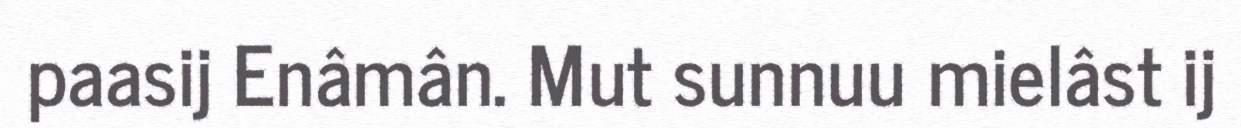
paasij Enâmân. Mut sunnuu mielâst ij